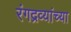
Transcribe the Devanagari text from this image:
रंगद्रव्यांच्या